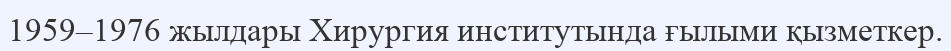
1959–1976 жылдары Хирургия институтында ғылыми қызметкер.